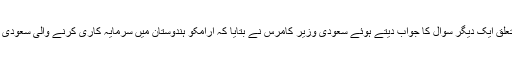
“ہندوستان میں سرمایہ کاری کے متعلق ایک دیگر سوال کا جواب دیتے ہوئے سعودی وزیر کامرس نے بتایا کہ ارامکو ہندوستان میں سرمایہ کاری کرنے والی سعودی عرب کی سب سے بڑی کمپنی ہے۔